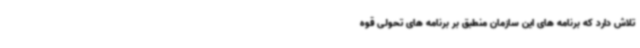
تلاش دارد که برنامه های این سازمان منطبق بر برنامه های تحولی قوه